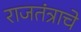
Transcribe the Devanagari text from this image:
राजतंत्राचे